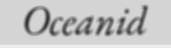
Oceanid